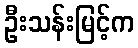
ဦးသန်းမြင့်က